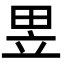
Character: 𤱗